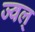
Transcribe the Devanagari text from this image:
ज्वल्